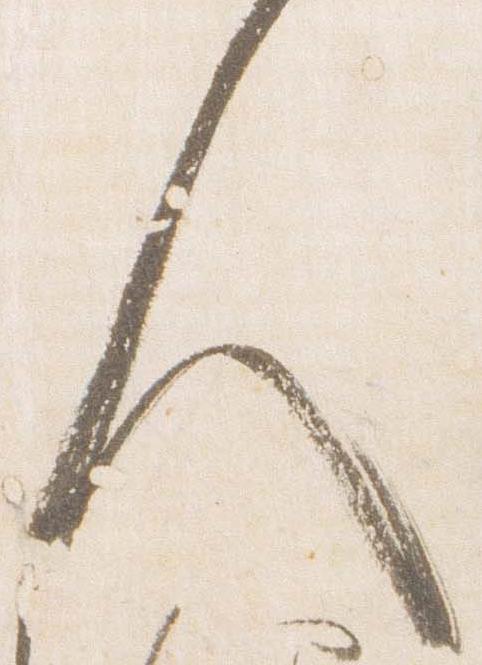
人